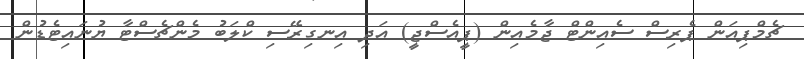
ޗެމްޕިއަން ޕެރިސް ސެއިންޓް ޖާމެއިން (ޕީއެސްޖީ) އަދި އިނގިރޭސި ކްލަބު މެންޗެސްޓާ ޔުުނައިޓެޑުން